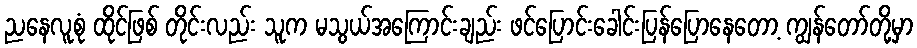
ညနေလူစုံ ထိုင်ဖြစ် တိုင်းလည်း သူက မသွယ်အကြောင်းချည်း ဖင်ပြောင်းခေါင်းပြန်ပြောနေတော့ ကျွန်တော်တို့မှာ